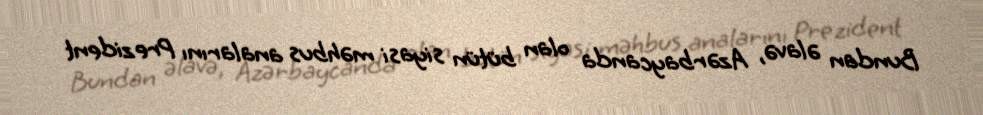
Bundan əlavə, Azərbaycanda olan bütün siyasi məhbus analarını Prezident